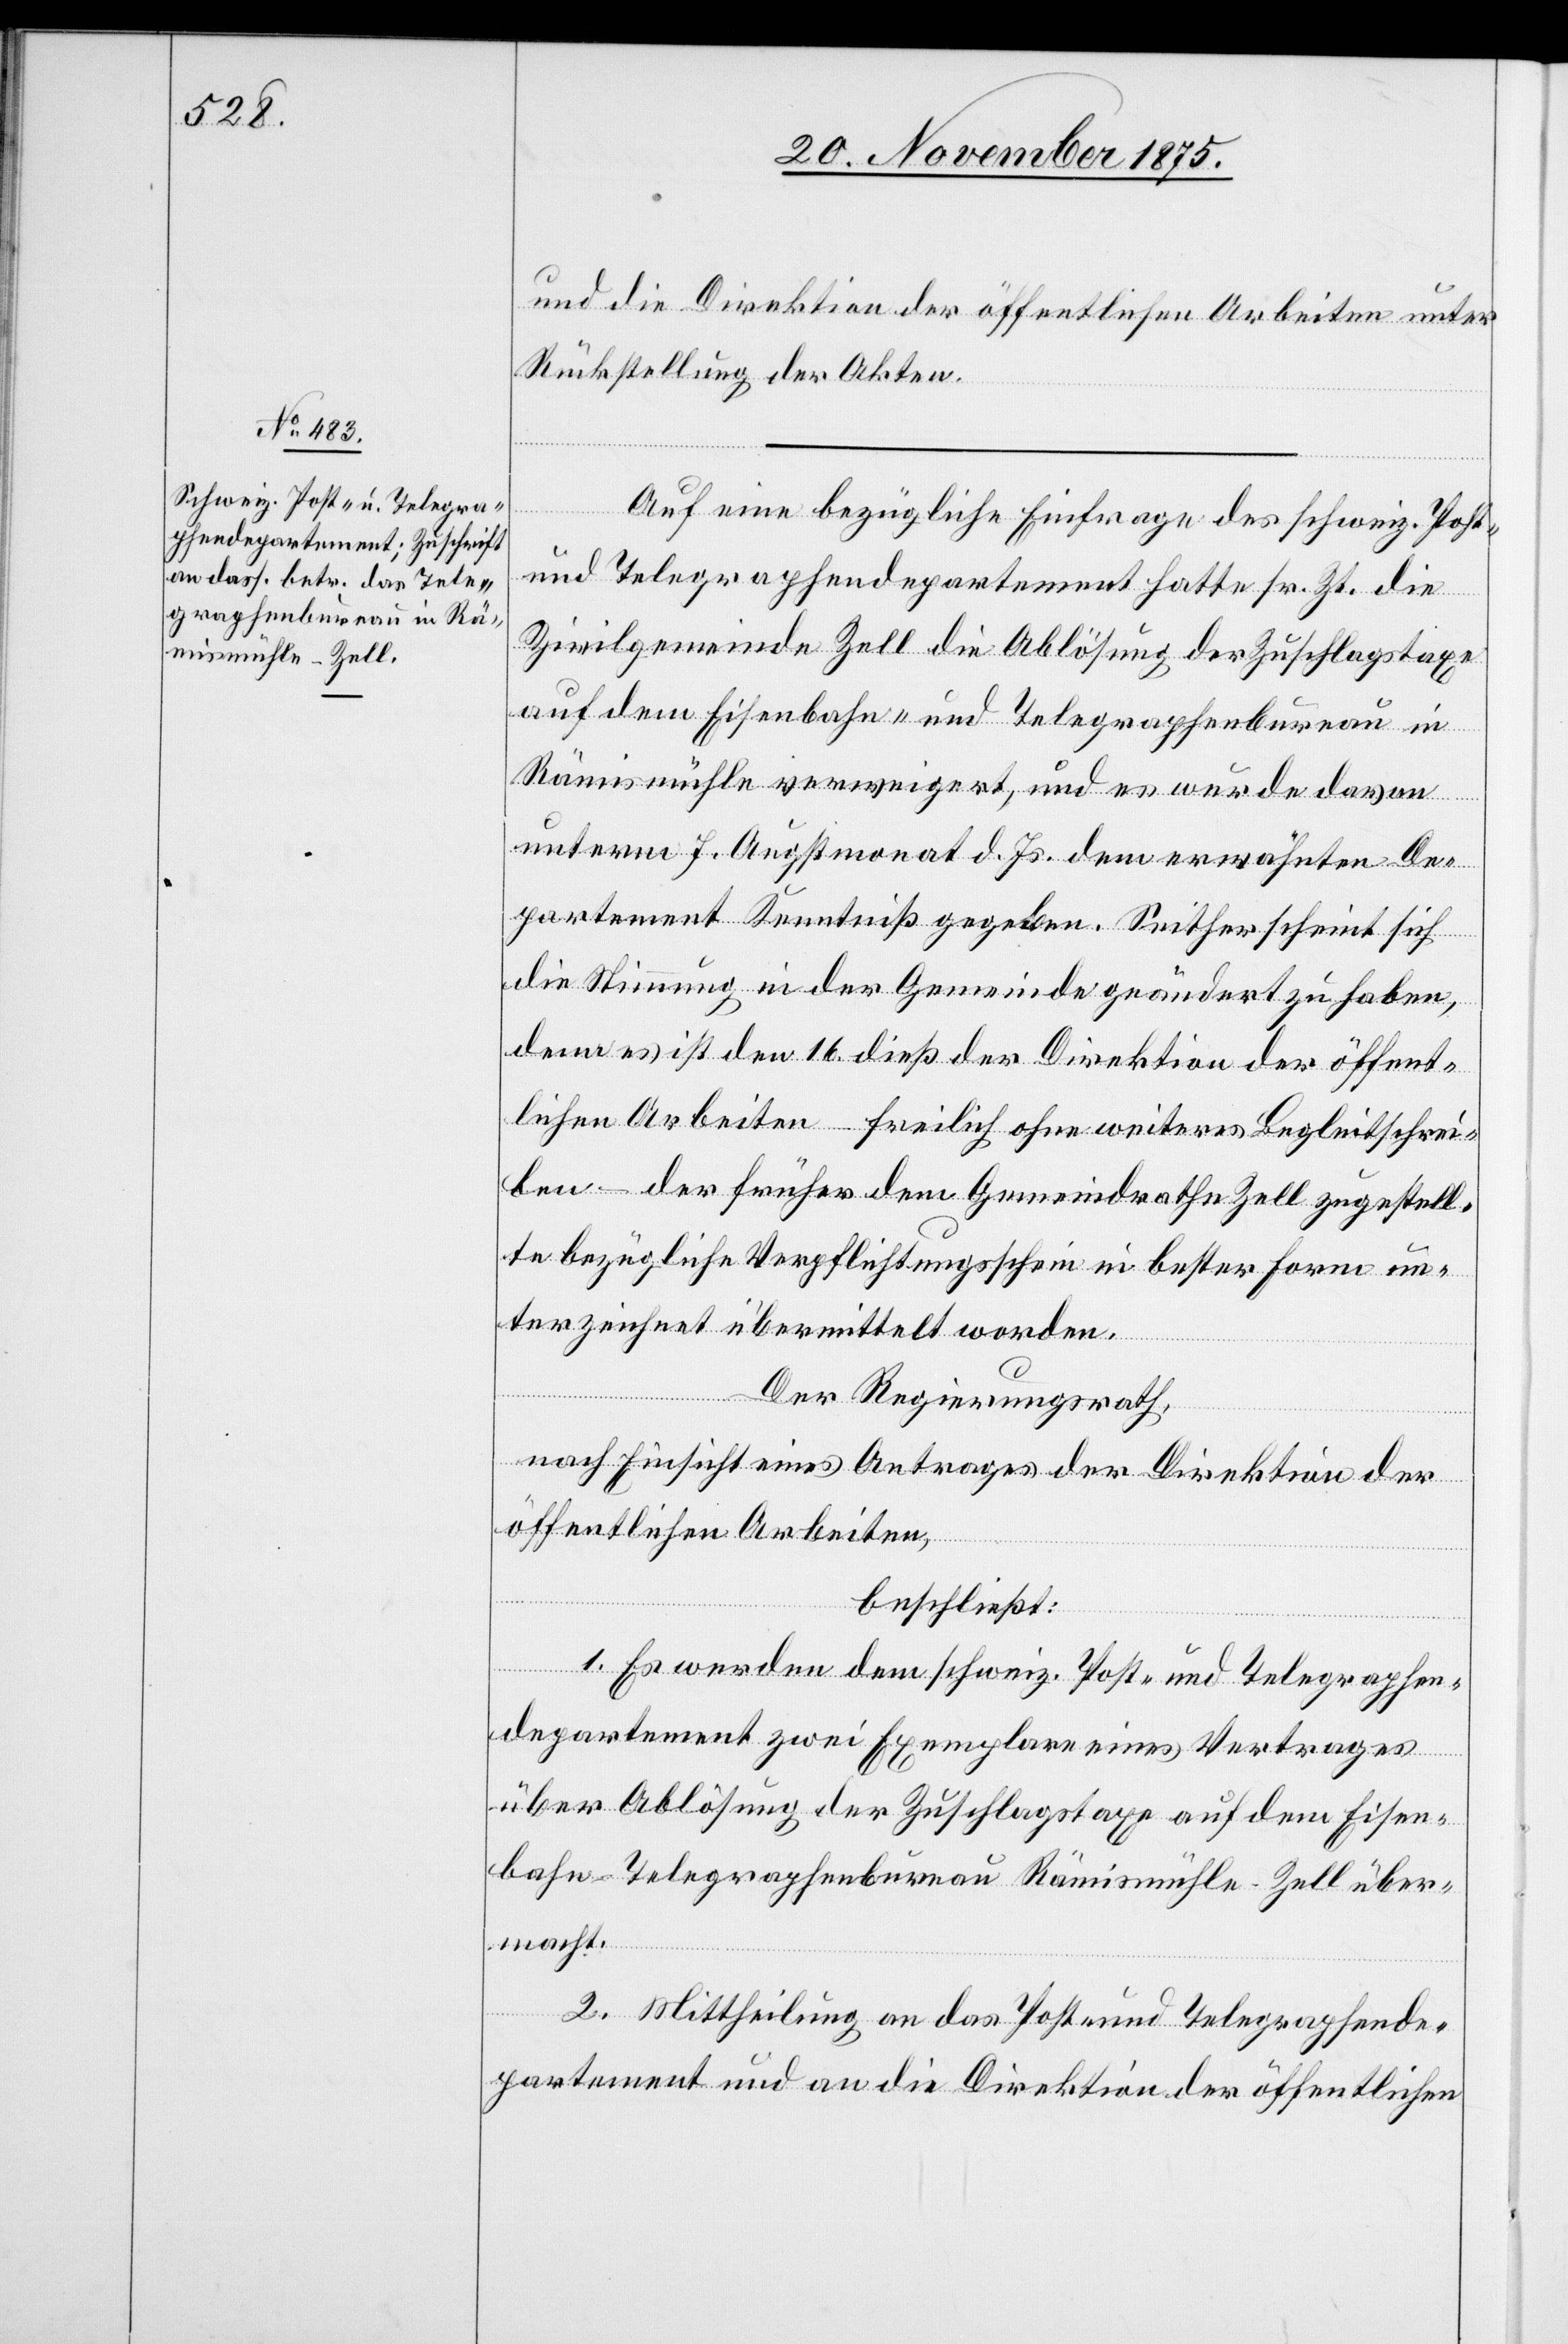
und die Direktion der öffentlichen Arbeiten unter
Rückstellung der Akten.
Auf eine bezügliche Einfrage des schweiz. Post-
und Telegraphendepartement hatte sr. Zt. die
Zivilgemeinde Zell die Ablösung der Zuschlagstaxe
auf dem Eisenbahn- und Telegraphenbureau in
Rämismühle verweigert, und es wurde davon
unterm 7. Augstmonat d. Js. dem erwähnten De¬
partement Kenntniß gegeben. Seither scheint sich
die Stimmung in der Gemeinde geändert zu haben,
denn es ist den 16. dieß der Direktion der öffent¬
lichen Arbeiten – freilich ohne weiteres Begleitschrei¬
ben – der früher dem Gemeindrathe Zell zugestell¬
te bezügliche Verpflichtungsschein in bester Form un¬
terzeichnet übermittelt worden.
Der Regierungsrath,
nach Einsicht eines Antrages der Direktion der
öffentlichen Arbeiten,
beschließt:
1. Es werden dem schweiz. Post- und Telegraphen¬
departement zwei Exemplare eines Vertrages
über Ablösung der Zuschlagstaxe auf dem Eisen¬
bahn-Telegraphenbureau Rämismühle - Zell über¬
macht.
2. Mittheilung an das Post- und Telegraphende¬
partement und an die Direktion der öffentlichen